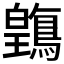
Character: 𲍥